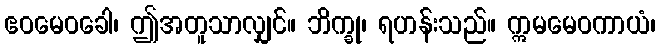
ဧဝမေဝခေါ၊ ဤအတူသာလျှင်။ ဘိက္ခု၊ ရဟန်းသည်။ ဣမမေဝကာယံ၊